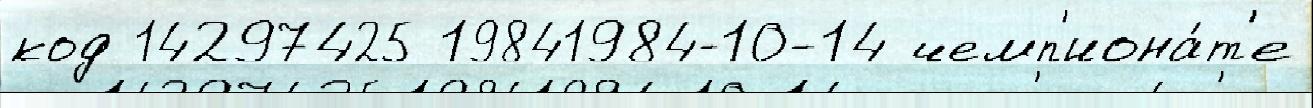
код 14297425 19841984-10-14 чемп'иона́т'е